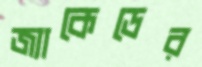
জ্যাকেডের